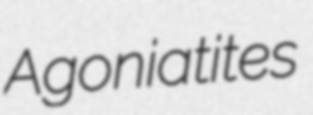
Agoniatites